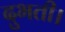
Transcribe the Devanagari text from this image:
दुभती।